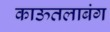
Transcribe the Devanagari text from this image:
काऊतलाबंग